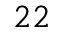
^ { 2 2 }